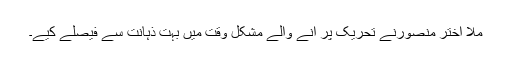
ملا اختر منصورنے تحریک پر آنے والے مشکل وقت میں بہت ذہانت سے فیصلے کیے۔